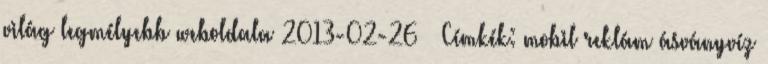
világ legmélyebb weboldala 2013-02-26 – Címkék: mobil reklám ásványvíz